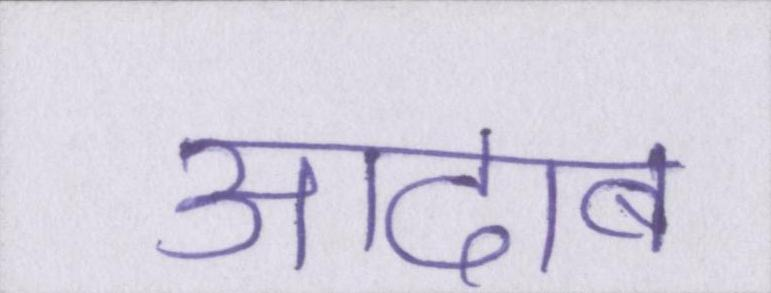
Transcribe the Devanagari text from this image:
आदाब